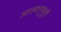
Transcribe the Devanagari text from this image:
आत्मानुभूती